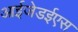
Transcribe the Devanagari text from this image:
आईजेडईएस